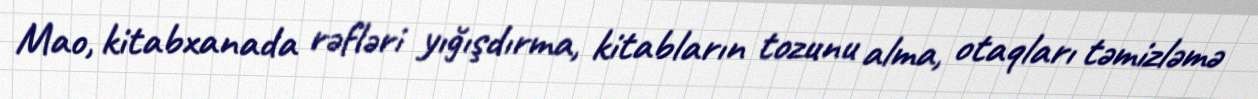
Mao, kitabxanada rəfləri yığışdırma, kitabların tozunu alma, otaqları təmizləmə